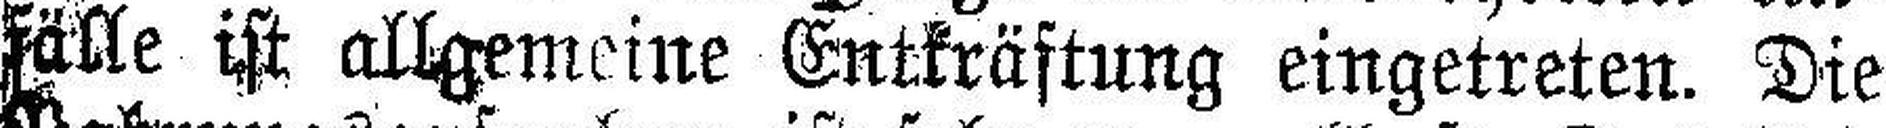
fälle ist allgemeine Entkräftung eingetreten. Die